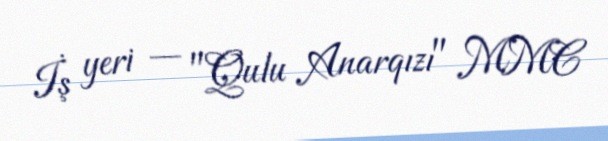
İş yeri — "Qulu Anarqızı" MMC